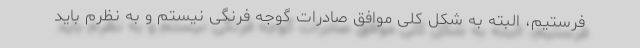
فرستیم، البته به شکل کلی موافق صادرات گوجه فرنگی نیستم و به نظرم باید